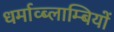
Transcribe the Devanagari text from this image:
धर्माव्ब्लाम्बियों